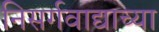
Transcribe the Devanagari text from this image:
निसर्गवाद्याच्या